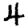
Digit: 4